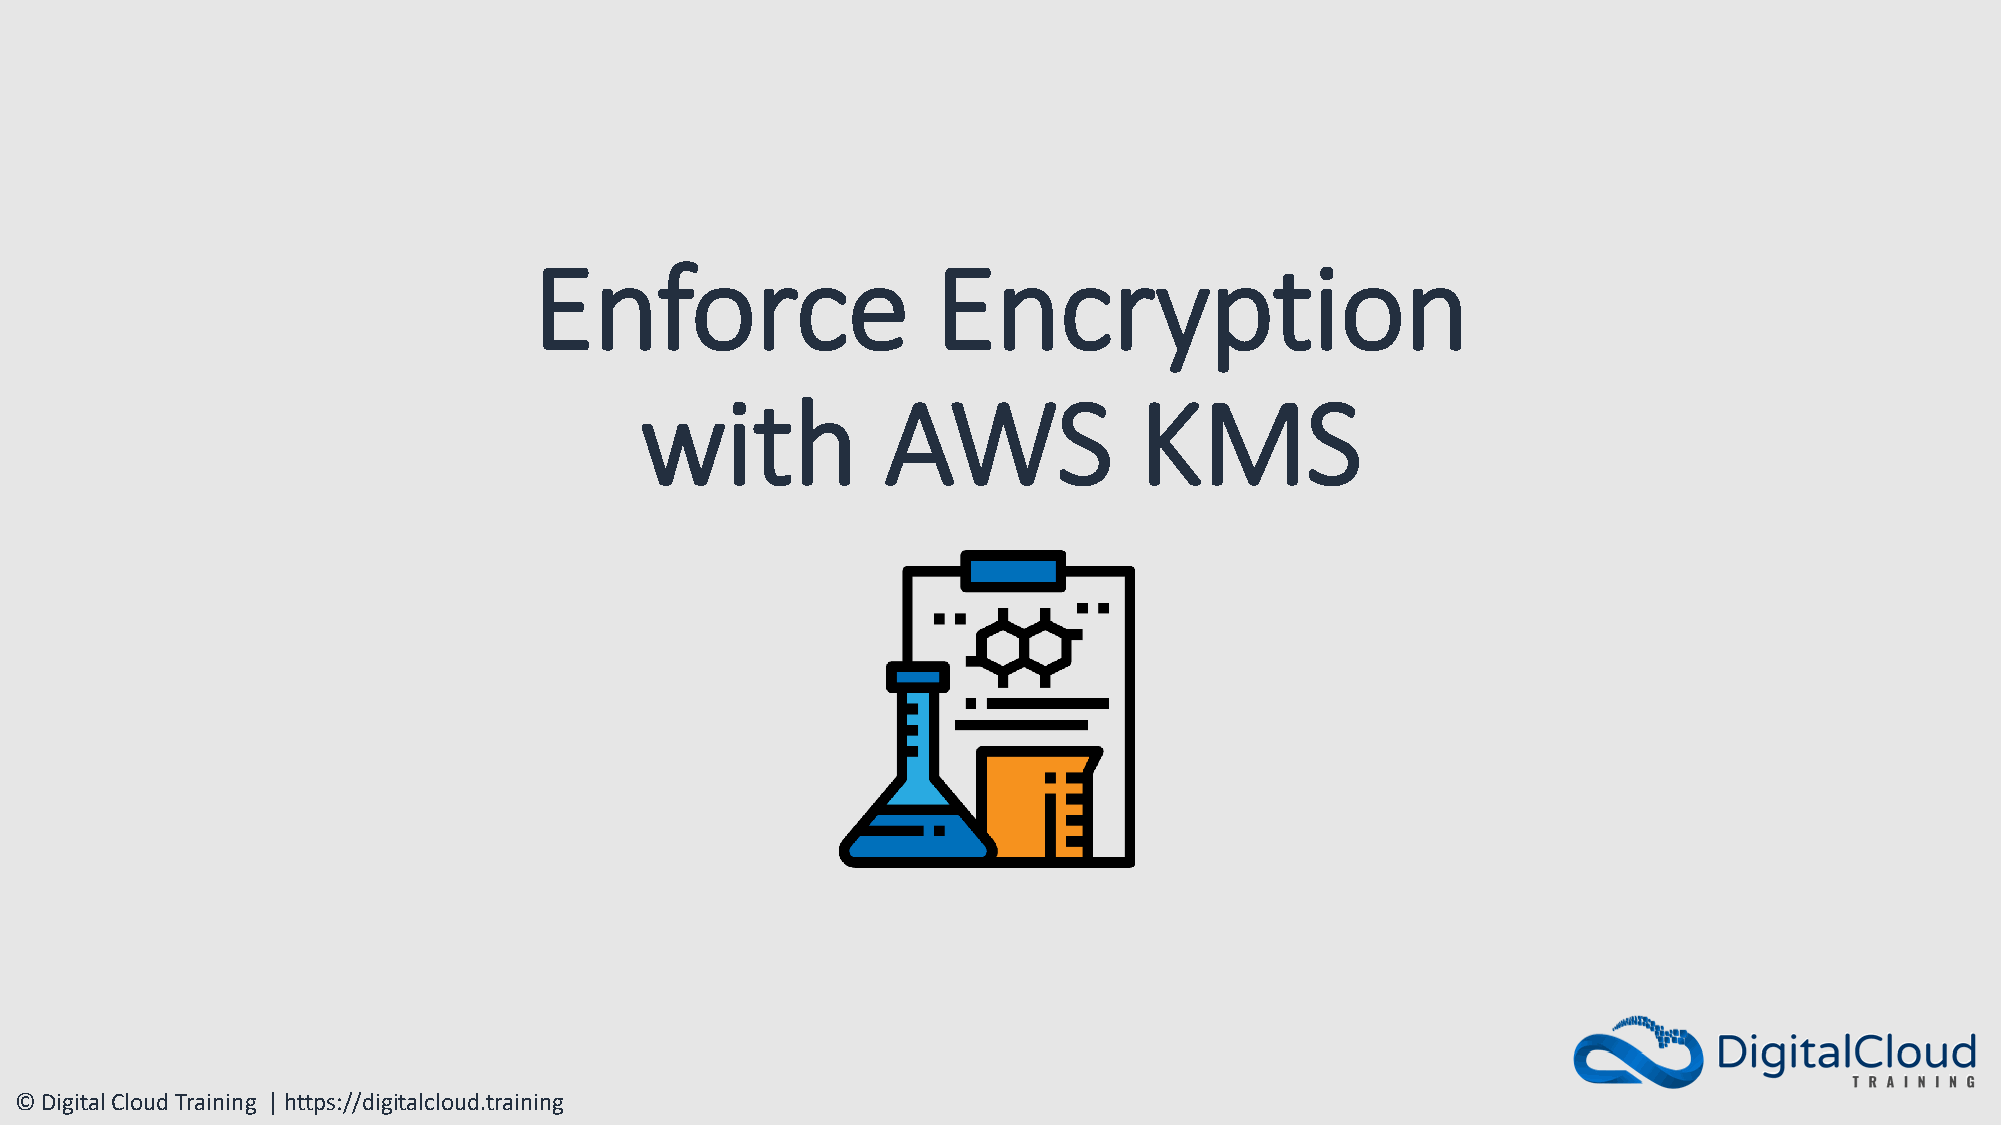
Enforce                    Encryption
 with             AWS             KMS
 © Digital Cloud Training | https://digitalcloud.training